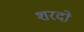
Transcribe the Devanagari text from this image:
शरदो